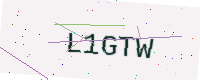
Text: L1GTW